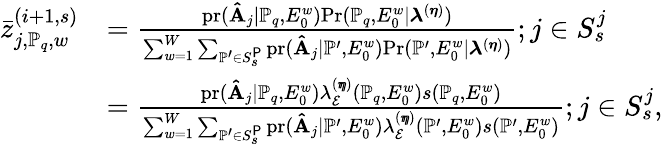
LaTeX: \begin{array}{rl}{\bar{z}_{j,\mathbb{P}_{q},w}^{(i+1,s)}}&{=\frac{\mathrm{pr}(\mathbf{\hat{A}}_{j}|\mathbb{P}_{q},E_{0}^{w})\mathrm{Pr}(\mathbb{P}_{q},E_{0}^{w}|\boldsymbol{\lambda}^{(\boldsymbol{\eta})})}{\sum_{w=1}^{W}\sum_{\mathbb{P}^{\prime}\in S_{s}^{\P}}\mathrm{pr}(\mathbf{\hat{A}}_{j}|\mathbb{P}^{\prime},E_{0}^{w})\mathrm{Pr}(\mathbb{P}^{\prime},E_{0}^{w}|\boldsymbol{\lambda}^{(\boldsymbol{\eta})})};j\in S_{s}^{j}}\\ &{=\frac{\mathrm{pr}(\mathbf{\hat{A}}_{j}|\mathbb{P}_{q},E_{0}^{w})\lambda_{\mathcal{E}}^{(\pmb{\eta})}(\mathbb{P}_{q},E_{0}^{w})s(\mathbb{P}_{q},E_{0}^{w})}{\sum_{w=1}^{W}\sum_{\mathbb{P}^{\prime}\in S_{s}^{\P}}\mathrm{pr}(\mathbf{\hat{A}}_{j}|\mathbb{P}^{\prime},E_{0}^{w})\lambda_{\mathcal{E}}^{(\pmb{\eta})}(\mathbb{P}^{\prime},E_{0}^{w})s(\mathbb{P}^{\prime},E_{0}^{w})};j\in S_{s}^{j},}\end{array}